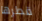
قطرها